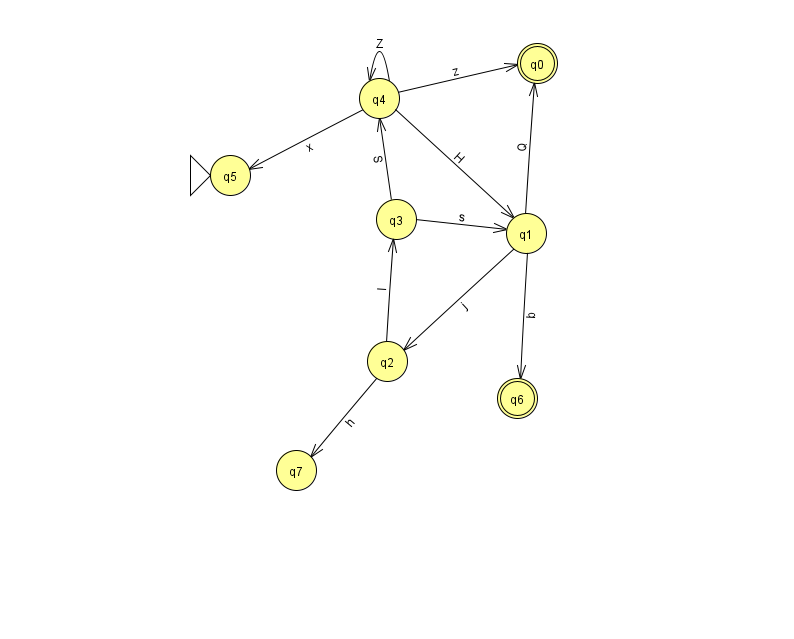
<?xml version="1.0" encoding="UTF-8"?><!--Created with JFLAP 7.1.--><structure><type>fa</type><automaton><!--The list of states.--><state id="0" name="q0"><x>537.0</x><y>50.0</y><final/></state><state id="1" name="q1"><x>526.0</x><y>220.0</y></state><state id="2" name="q2"><x>387.0</x><y>348.0</y></state><state id="3" name="q3"><x>396.0</x><y>206.0</y></state><state id="4" name="q4"><x>379.0</x><y>85.0</y></state><state id="5" name="q5"><x>230.0</x><y>162.0</y><initial/></state><state id="6" name="q6"><x>517.0</x><y>385.0</y><final/></state><state id="7" name="q7"><x>296.0</x><y>457.0</y></state><!--The list of transitions.--><transition><from>1</from><to>0</to><read>Q</read></transition><transition><from>2</from><to>7</to><read>h</read></transition><transition><from>4</from><to>0</to><read>z</read></transition><transition><from>4</from><to>1</to><read>H</read></transition><transition><from>2</from><to>3</to><read>I</read></transition><transition><from>3</from><to>4</to><read>S</read></transition><transition><from>4</from><to>4</to><read>Z</read></transition><transition><from>3</from><to>1</to><read>s</read></transition><transition><from>1</from><to>2</to><read>j</read></transition><transition><from>1</from><to>6</to><read>b</read></transition><transition><from>4</from><to>5</to><read>x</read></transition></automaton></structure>